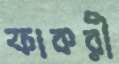
ফাকরী